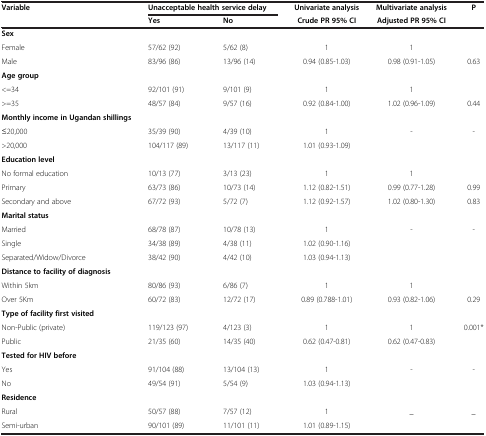
<table><thead><tr><td><b>Variable</b></td><td colspan="2"><b>Unacceptable health service delay</b></td><td><b>Univariate analysis</b></td><td><b>Multivariate analysis</b></td><td><b>P</b></td></tr><tr><td><b> </b></td><td><b>Yes</b></td><td><b>No</b></td><td><b>Crude PR 95% CI</b></td><td><b>Adjusted PR 95% CI</b></td><td><b> </b></td></tr></thead><tbody><tr><td><b>Sex</b></td><td> </td><td> </td><td> </td><td> </td><td> </td></tr><tr><td>Female</td><td>57/62 (92)</td><td>5/62 (8)</td><td>1</td><td>1</td><td> </td></tr><tr><td>Male</td><td>83/96 (86)</td><td>13/96 (14)</td><td>0.94 (0.85-1.03)</td><td>0.98 (0.91-1.05)</td><td>0.63</td></tr><tr><td><b>Age group</b></td><td> </td><td> </td><td> </td><td> </td><td> </td></tr><tr><td>&lt;=34</td><td>92/101 (91)</td><td>9/101 (9)</td><td>1</td><td>1</td><td> </td></tr><tr><td>&gt;=35</td><td>48/57 (84)</td><td>9/57 (16)</td><td>0.92 (0.84-1.00)</td><td>1.02 (0.96-1.09)</td><td>0.44</td></tr><tr><td><b>Monthly income in Ugandan shillings</b></td><td> </td><td> </td><td> </td><td> </td><td> </td></tr><tr><td>≤20,000</td><td>35/39 (90)</td><td>4/39 (10)</td><td>1</td><td>-</td><td>-</td></tr><tr><td>&gt;20,000</td><td>104/117 (89)</td><td>13/117 (11)</td><td>1.01 (0.93-1.09)</td><td> </td><td> </td></tr><tr><td><b>Education level</b></td><td> </td><td> </td><td> </td><td> </td><td> </td></tr><tr><td>No formal education</td><td>10/13 (77)</td><td>3/13 (23)</td><td>1</td><td>1</td><td> </td></tr><tr><td>Primary</td><td>63/73 (86)</td><td>10/73 (14)</td><td>1.12 (0.82-1.51)</td><td>0.99 (0.77-1.28)</td><td>0.99</td></tr><tr><td>Secondary and above</td><td>67/72 (93)</td><td>5/72 (7)</td><td>1.12 (0.92-1.57)</td><td>1.02 (0.80-1.30)</td><td>0.83</td></tr><tr><td><b>Marital status</b></td><td> </td><td> </td><td> </td><td> </td><td> </td></tr><tr><td>Married</td><td>68/78 (87)</td><td>10/78 (13)</td><td>1</td><td>-</td><td>-</td></tr><tr><td>Single</td><td>34/38 (89)</td><td>4/38 (11)</td><td>1.02 (0.90-1.16)</td><td> </td><td> </td></tr><tr><td>Separated/Widow/Divorce</td><td>38/42 (90)</td><td>4/42 (10)</td><td>1.03 (0.94-1.13)</td><td> </td><td> </td></tr><tr><td><b>Distance to facility of diagnosis</b></td><td> </td><td> </td><td> </td><td> </td><td> </td></tr><tr><td>Within 5km</td><td>80/86 (93)</td><td>6/86 (7)</td><td>1</td><td>1</td><td> </td></tr><tr><td>Over 5Km</td><td>60/72 (83)</td><td>12/72 (17)</td><td>0.89 (0.788-1.01)</td><td>0.93 (0.82-1.06)</td><td>0.29</td></tr><tr><td><b>Type of facility first visited</b></td><td> </td><td> </td><td> </td><td> </td><td> </td></tr><tr><td>Non-Public (private)</td><td>119/123 (97)</td><td>4/123 (3)</td><td>1</td><td>1</td><td>0.001*</td></tr><tr><td>Public</td><td>21/35 (60)</td><td>14/35 (40)</td><td>0.62 (0.47-0.81)</td><td>0.62 (0.47-0.83)</td><td> </td></tr><tr><td><b>Tested for HIV before</b></td><td> </td><td> </td><td> </td><td> </td><td> </td></tr><tr><td>Yes</td><td>91/104 (88)</td><td>13/104 (13)</td><td>1</td><td>-</td><td>-</td></tr><tr><td>No</td><td>49/54 (91)</td><td>5/54 (9)</td><td>1.03 (0.94-1.13)</td><td> </td><td> </td></tr><tr><td><b>Residence</b></td><td> </td><td> </td><td> </td><td> </td><td> </td></tr><tr><td>Rural</td><td>50/57 (88)</td><td>7/57 (12)</td><td>1</td><td>_</td><td>_</td></tr><tr><td>Semi-urban</td><td>90/101 (89)</td><td>11/101 (11)</td><td>1.01 (0.89-1.15)</td><td> </td><td> </td></tr></tbody></table>